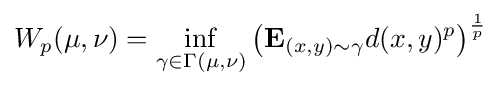
W_{p}(\mu ,\nu )=\inf _{\gamma \in \Gamma (\mu ,\nu )}\left(\mathbf {E} _{(x,y)\sim \gamma }d(x,y)^{p}\right)^{\frac {1}{p}}